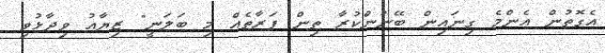
އެގޮތުން އެންމެ ގިނައިން ބޭނުންކުރާ ތިން ފަރާތެއް މި ބަލަނީ" ޒިޔާއު ވިދާޅުވި